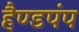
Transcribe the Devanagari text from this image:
हैण्डपंप